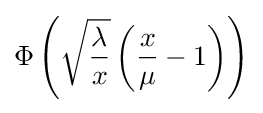
\Phi \left({\sqrt {\frac {\lambda }{x}}}\left({\frac {x}{\mu }}-1\right)\right)